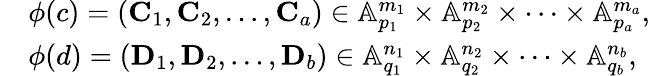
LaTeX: \begin{array}{rl}&{\phi(c)=\left(\mathbf{C}_{1},\mathbf{C}_{2},\ldots,\mathbf{C}_{a}\right)\in\mathbb{A}_{p_{1}}^{m_{1}}\times\mathbb{A}_{p_{2}}^{m_{2}}\times\dots\times\mathbb{A}_{p_{a}}^{m_{a}},}\\ &{\phi(d)=\left(\mathbf{D}_{1},\mathbf{D}_{2},\ldots,\mathbf{D}_{b}\right)\in\mathbb{A}_{q_{1}}^{n_{1}}\times\mathbb{A}_{q_{2}}^{n_{2}}\times\dots\times\mathbb{A}_{q_{b}}^{n_{b}},}\end{array}